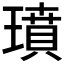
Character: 𤩳